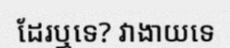
ដែរឬទេ? វាងាយទេ